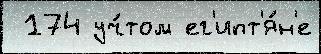
 174 уч́том ег'ипт'я́н'е